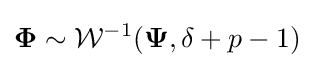
{\mathbf {\Phi } }\sim {\mathcal {W}}^{-1}({\mathbf {\Psi } },\delta +p-1)